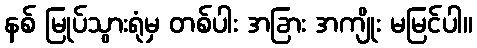
နစ် မြုပ်သွားရုံမှ တစ်ပါး အခြား အကျိုး မမြင်ပါ။